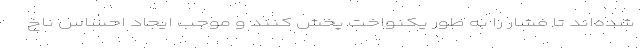
شده‌اند تا فشار را به طور یکنواخت پخش کنند و موجب ایجاد احساس ناخ